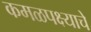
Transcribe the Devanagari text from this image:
कमळपक्ष्याचे